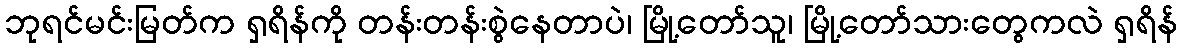
ဘုရင်မင်းမြတ်က ရှရိန်ကို တန်းတန်းစွဲနေတာပဲ၊ မြို့တော်သူ၊ မြို့တော်သားတွေကလဲ ရှရိန်